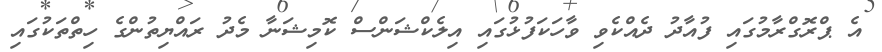
އެ ޕްރޮގްރާމުގައި ފުއާދު ދެއްކެވި ވާހަކަފުޅުގައި އިލެކްޝަންސް ކޮމިޝަނާ މެދު ރައްޔިތުންގެ ހިތްތަކުގައި